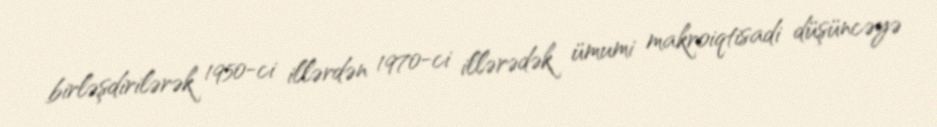
birləşdirilərək 1950-ci illərdən 1970-ci illərədək ümumi makroiqtisadi düşüncəyə